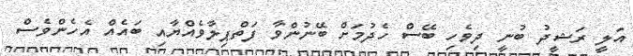
އަލީ ރަޝީދު ބުނީ ދިވެހި ބޭސް ހެދުމަށް ބޭނުންވާ ފަތްޕިލާވެއްޔާއި ބައެއް އެހެންވެސް